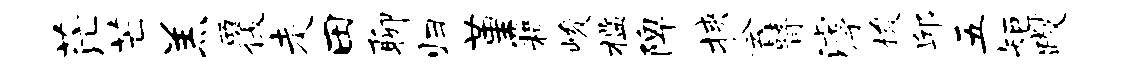
茫芒羔覆走田聊归堇籍峻槛陴挟会瞽滹梭邱五矩躞